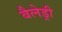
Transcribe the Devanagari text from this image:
बैलेड्री